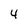
Character: 4